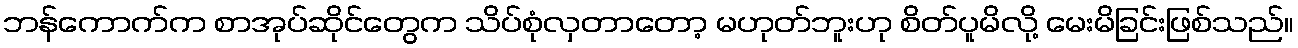
ဘန်ကောက်က စာအုပ်ဆိုင်တွေက သိပ်စုံလှတာတော့ မဟုတ်ဘူးဟု စိတ်ပူမိလို့ မေးမိခြင်းဖြစ်သည်။